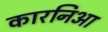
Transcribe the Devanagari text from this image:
कारनिआ